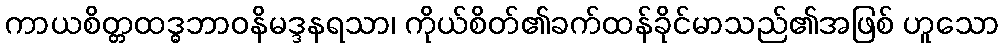
ကာယစိတ္တထဒ္ဓဘာဝနိမဒ္ဒနရသာ၊ ကိုယ်စိတ်၏ခက်ထန်ခိုင်မာသည်၏အဖြစ် ဟူသော